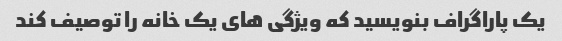
یک پاراگراف بنویسید که ویژگی های یک خانه را توصیف کند